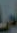
-